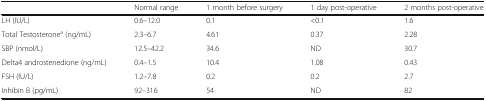
|  | Normal range | 1 month before surgery | 1 day post-operative | 2 months post-operative |
 | --- | --- | --- | --- | --- |
 | LH (IU/L) | 0.6–12.0 | 0.1 | <0.1 | 1.6 |
 | Total Testosteronea (ng/mL) | 2.3–6.7 | 4.61 | 0.37 | 2.28 |
 | SBP (nmol/L) | 12.5–42.2 | 34.6 | ND | 30.7 |
 | Delta4 androstenedione (ng/mL) | 0.4–1.5 | 10.4 | 1.08 | 0.43 |
 | FSH (IU/L) | 1.2–7.8 | 0.2 | 0.2 | 2.7 |
 | Inhibin B (pg/mL) | 92–316 | 54 | ND | 82 |